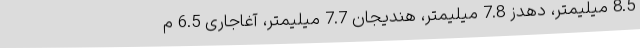
8.5 میلیمتر، دهدز 7.8 میلیمتر، هندیجان 7.7 میلیمتر، آغاجاری 6.5 م